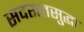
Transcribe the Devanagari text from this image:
सदरातसुद्धा